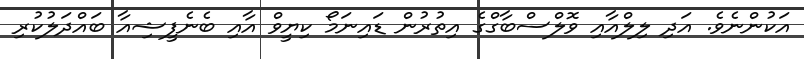
އަކުންނެވެ. އަދި ލިލްއާއި ވޮލްސްބާގްގެ އިތުރުން ޑައިނަމޯ ކިޔީވް އާއި ބެނެފީޝިއާ ބައްދަލުކުރި